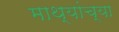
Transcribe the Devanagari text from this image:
माथ्यांच्या